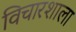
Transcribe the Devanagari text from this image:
विचारशाला